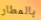
بالمطار